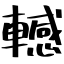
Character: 轗